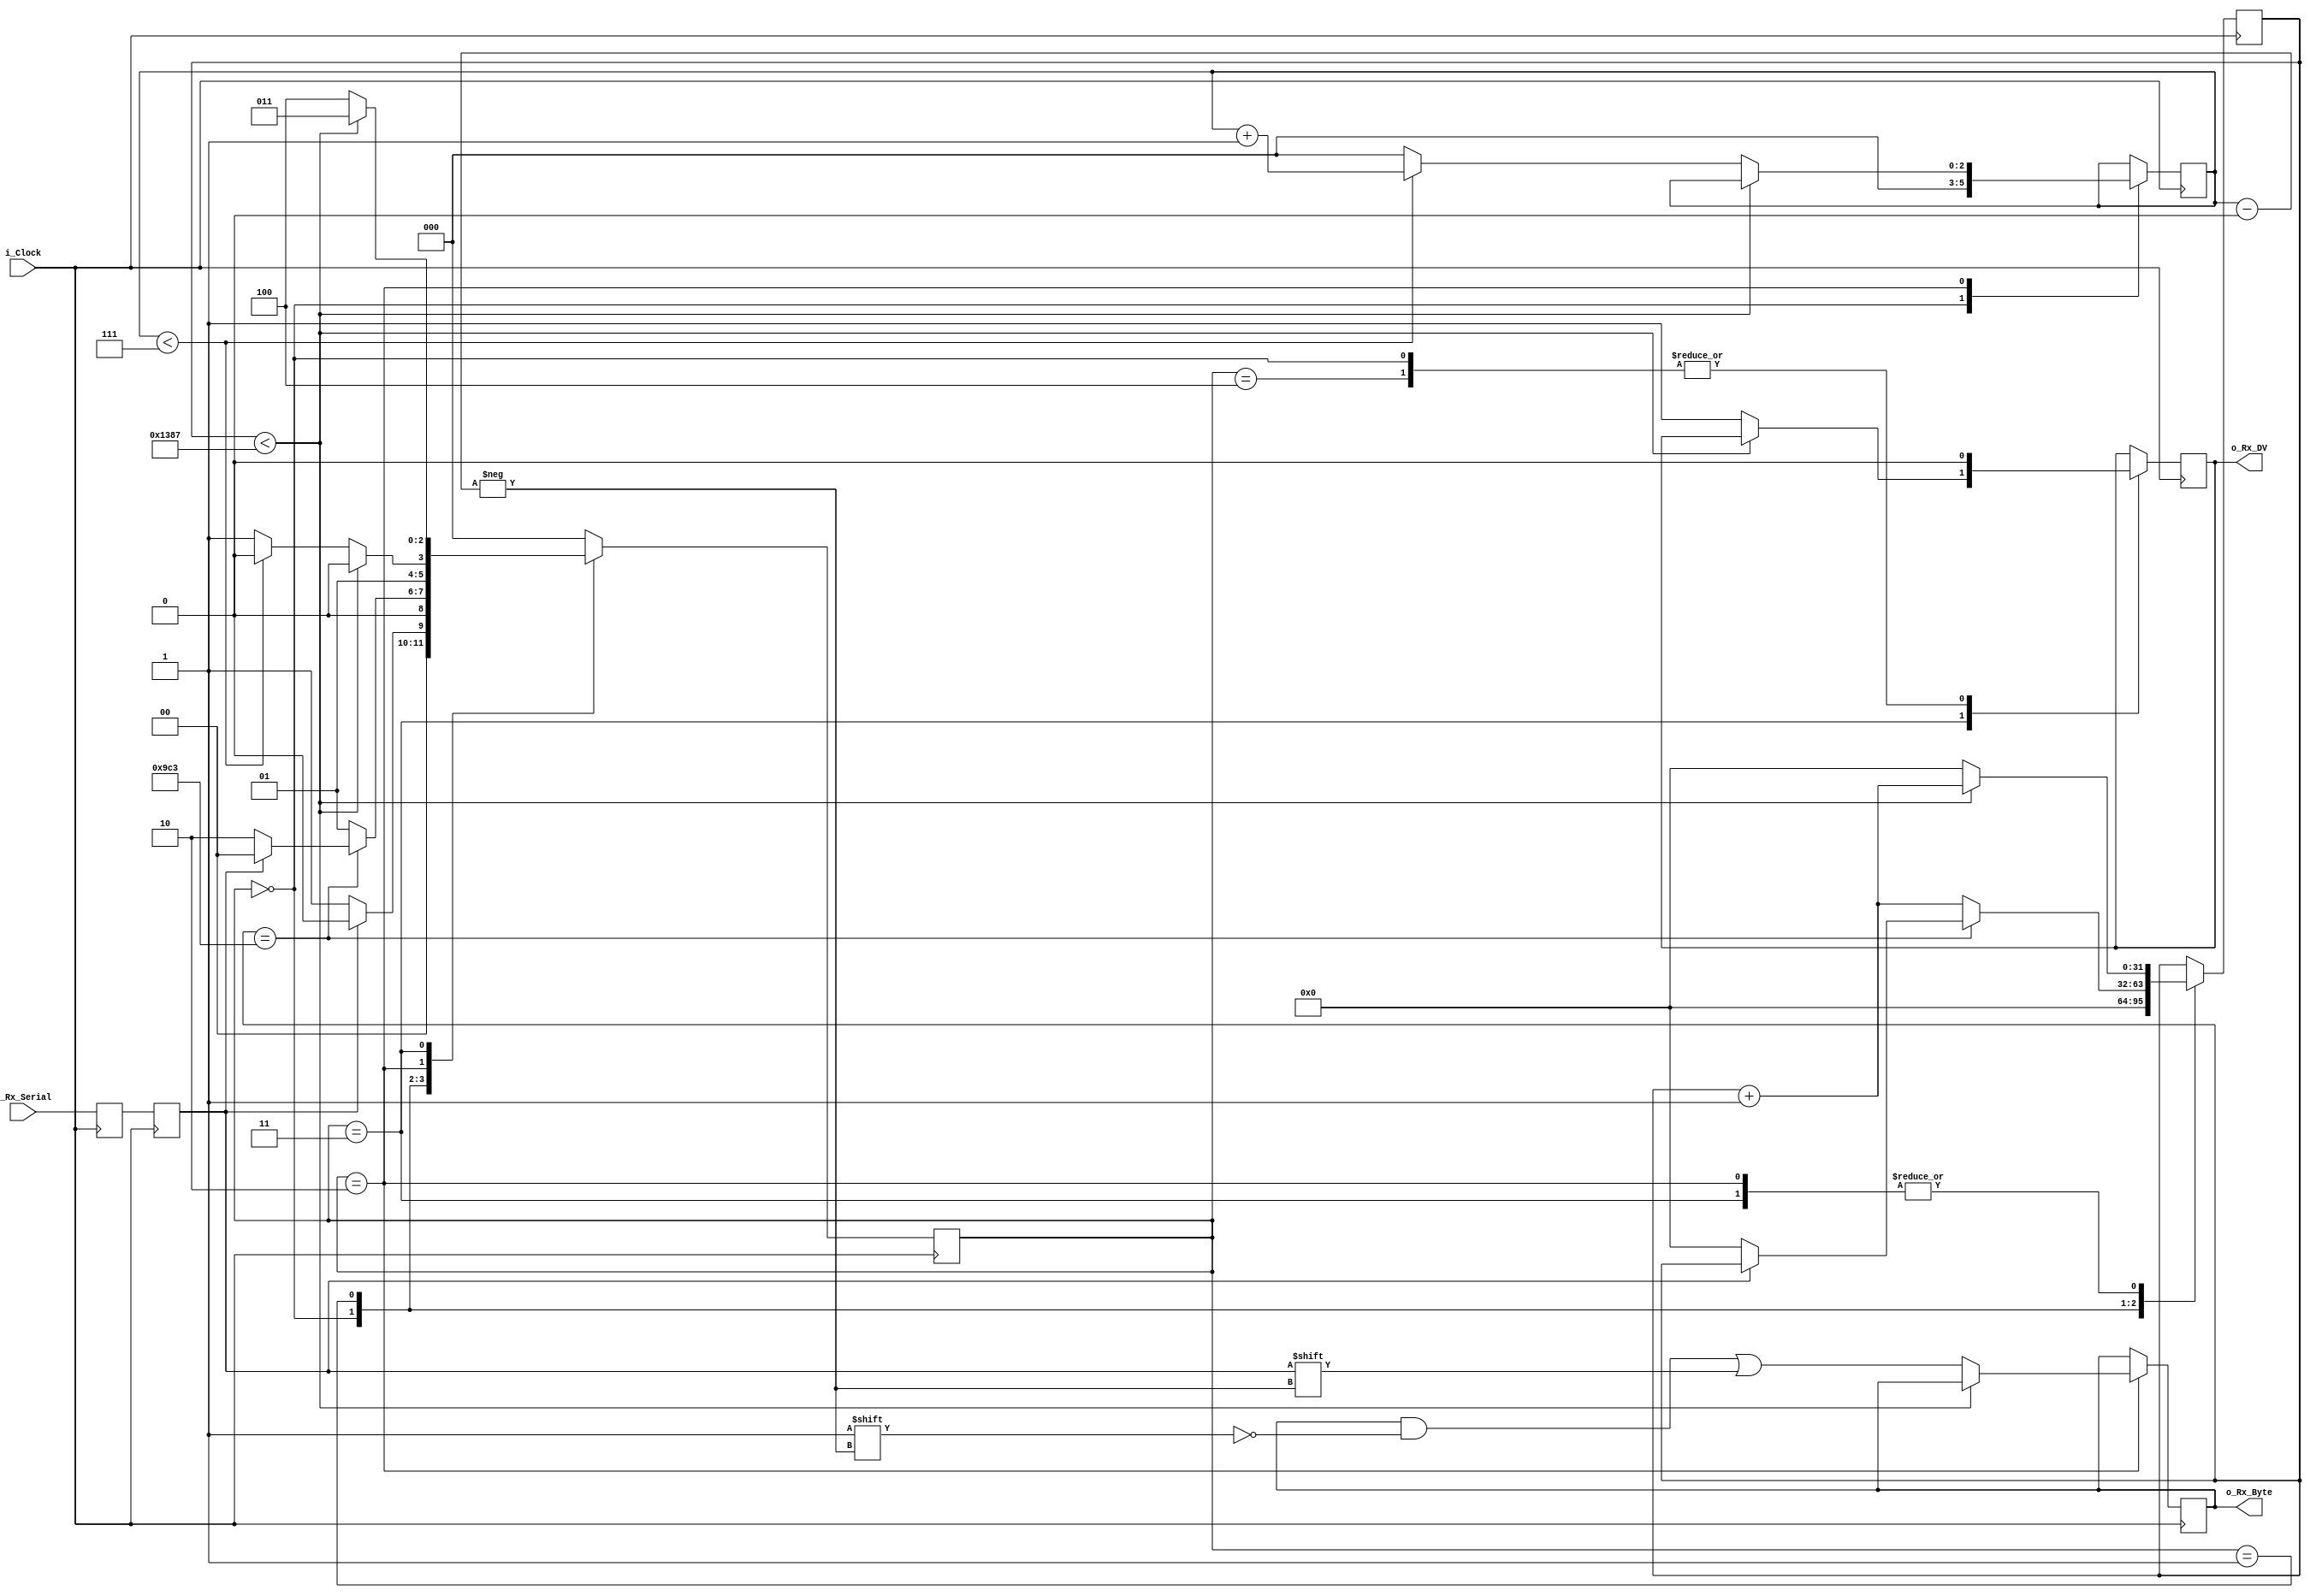
module uart_rx #(parameter CLK_FREQ_HZ = 48_000_000, parameter CLKS_PER_BIT = 5000)
  (
   input        i_Clock,
   input        i_Rx_Serial,
   output       o_Rx_DV,
   output [7:0] o_Rx_Byte
   );

  //reg [31:0] CLKS_PER_BIT = 32'd5000;//32'd139;
  //localparam CLKS_PER_BIT   = CLK_FREQ_HZ/BAUDRATE; // 139 at 16MHz this is 115200 baudrate, 64 at 16MHz is 250000
  localparam s_IDLE         = 3'b000;
  localparam s_RX_START_BIT = 3'b001;
  localparam s_RX_DATA_BITS = 3'b010;
  localparam s_RX_STOP_BIT  = 3'b011;
  localparam s_CLEANUP      = 3'b100;

  reg           r_Rx_Data_R = 1'b1;
  reg           r_Rx_Data   = 1'b1;

  reg [31:0]     r_Clock_Count = 0;
  reg [2:0]     r_Bit_Index   = 0; //8 bits total
  reg [7:0]     r_Rx_Byte     = 0;
  reg           r_Rx_DV       = 0;
  reg [2:0]     r_SM_Main     = 0;

  //always @(posedge i_Clock) begin change_BAUDE:
  //  CLKS_PER_BIT <= CLK_FREQ_HZ/i_BAUD;
  //end

  // Purpose: Double-register the incoming data.
  // This allows it to be used in the UART RX Clock Domain.
  // (It removes problems caused by metastability)
  always @(posedge i_Clock)
    begin
      r_Rx_Data_R <= i_Rx_Serial;
      r_Rx_Data   <= r_Rx_Data_R;
    end


  // Purpose: Control RX state machine
  always @(posedge i_Clock)
    begin

      case (r_SM_Main)
        s_IDLE :
          begin
            r_Rx_DV       <= 1'b0;
            r_Clock_Count <= 0;
            r_Bit_Index   <= 0;

            if (r_Rx_Data == 1'b0)          // Start bit detected
              r_SM_Main <= s_RX_START_BIT;
            else
              r_SM_Main <= s_IDLE;
          end

        // Check middle of start bit to make sure it's still low
        s_RX_START_BIT :
          begin
            if (r_Clock_Count == (CLKS_PER_BIT-1)/2)
              begin
                if (r_Rx_Data == 1'b0)
                  begin
                    r_Clock_Count <= 0;  // reset counter, found the middle
                    r_SM_Main     <= s_RX_DATA_BITS;
                  end
                else
                  r_SM_Main <= s_IDLE;
              end
            else
              begin
                r_Clock_Count <= r_Clock_Count + 1;
                r_SM_Main     <= s_RX_START_BIT;
              end
          end // case: s_RX_START_BIT


        // Wait CLKS_PER_BIT-1 clock cycles to sample serial data
        s_RX_DATA_BITS :
          begin
            if (r_Clock_Count < CLKS_PER_BIT-1)
              begin
                r_Clock_Count <= r_Clock_Count + 1;
                r_SM_Main     <= s_RX_DATA_BITS;
              end
            else
              begin
                r_Clock_Count          <= 0;
                r_Rx_Byte[r_Bit_Index] <= r_Rx_Data;

                // Check if we have received all bits
                if (r_Bit_Index < 7)
                  begin
                    r_Bit_Index <= r_Bit_Index + 1;
                    r_SM_Main   <= s_RX_DATA_BITS;
                  end
                else
                  begin
                    r_Bit_Index <= 0;
                    r_SM_Main   <= s_RX_STOP_BIT;
                  end
              end
          end // case: s_RX_DATA_BITS


        // Receive Stop bit.  Stop bit = 1
        s_RX_STOP_BIT :
          begin
            // Wait CLKS_PER_BIT-1 clock cycles for Stop bit to finish
            if (r_Clock_Count < CLKS_PER_BIT-1)
              begin
                r_Clock_Count <= r_Clock_Count + 1;
                r_SM_Main     <= s_RX_STOP_BIT;
              end
            else
              begin
                r_Rx_DV       <= 1'b1;
                r_Clock_Count <= 0;
                r_SM_Main     <= s_CLEANUP;
              end
          end // case: s_RX_STOP_BIT


        // Stay here 1 clock
        s_CLEANUP :
          begin
            r_SM_Main <= s_IDLE;
            r_Rx_DV   <= 1'b0;
          end


        default :
          r_SM_Main <= s_IDLE;

      endcase
    end

  assign o_Rx_DV   = r_Rx_DV;
  assign o_Rx_Byte = r_Rx_Byte;

endmodule // uart_rx